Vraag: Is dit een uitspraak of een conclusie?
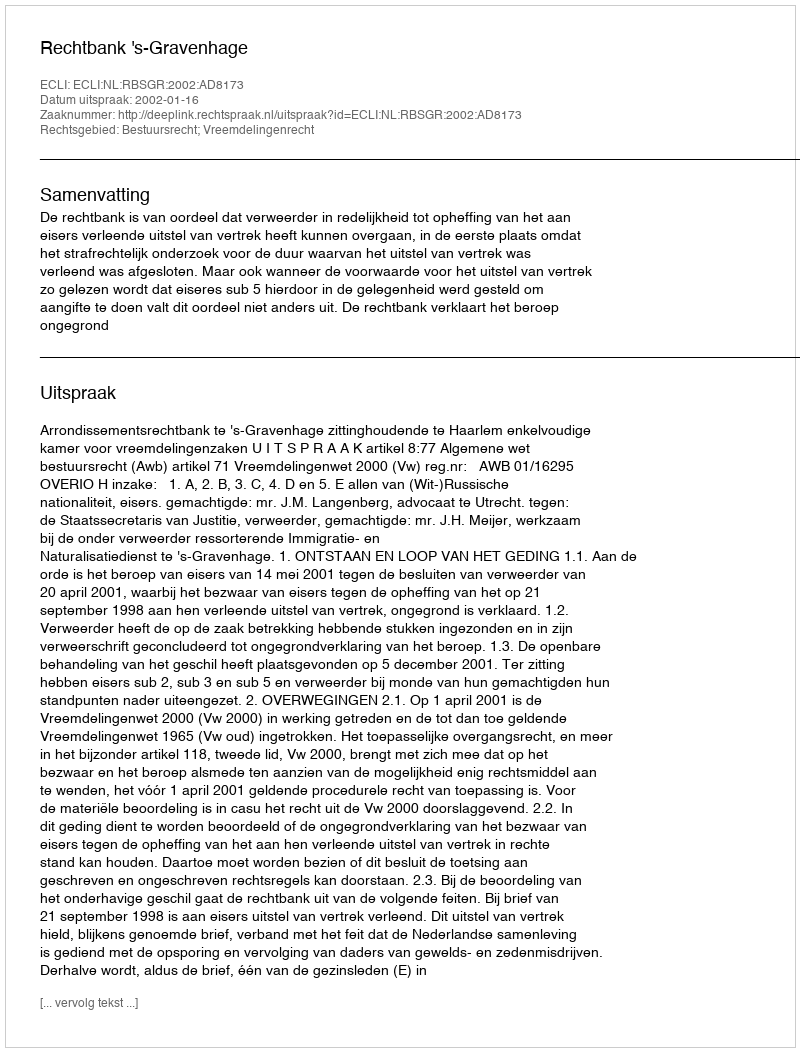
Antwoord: Uitspraak